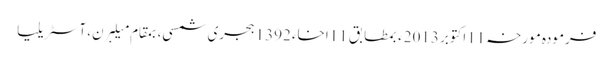
فرمودہ مورخہ 11اکتوبر 2013ء بمطابق 11اخاء 1392 ہجری شمسی، بمقام میلبرن، آسٹریلیا